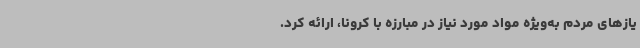
یازهای مردم به‌ویژه مواد مورد نیاز در مبارزه با کرونا، ارائه کرد.